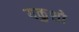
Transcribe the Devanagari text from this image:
यकुशो